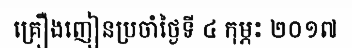
គ្រឿងញៀនប្រចាំថ្ងៃទី ៤ កុម្ភះ ២០១៧